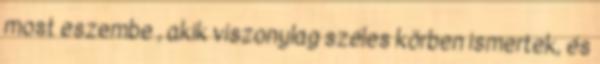
most eszembe , akik viszonylag széles körben ismertek, és